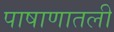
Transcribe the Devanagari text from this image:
पाषाणातली